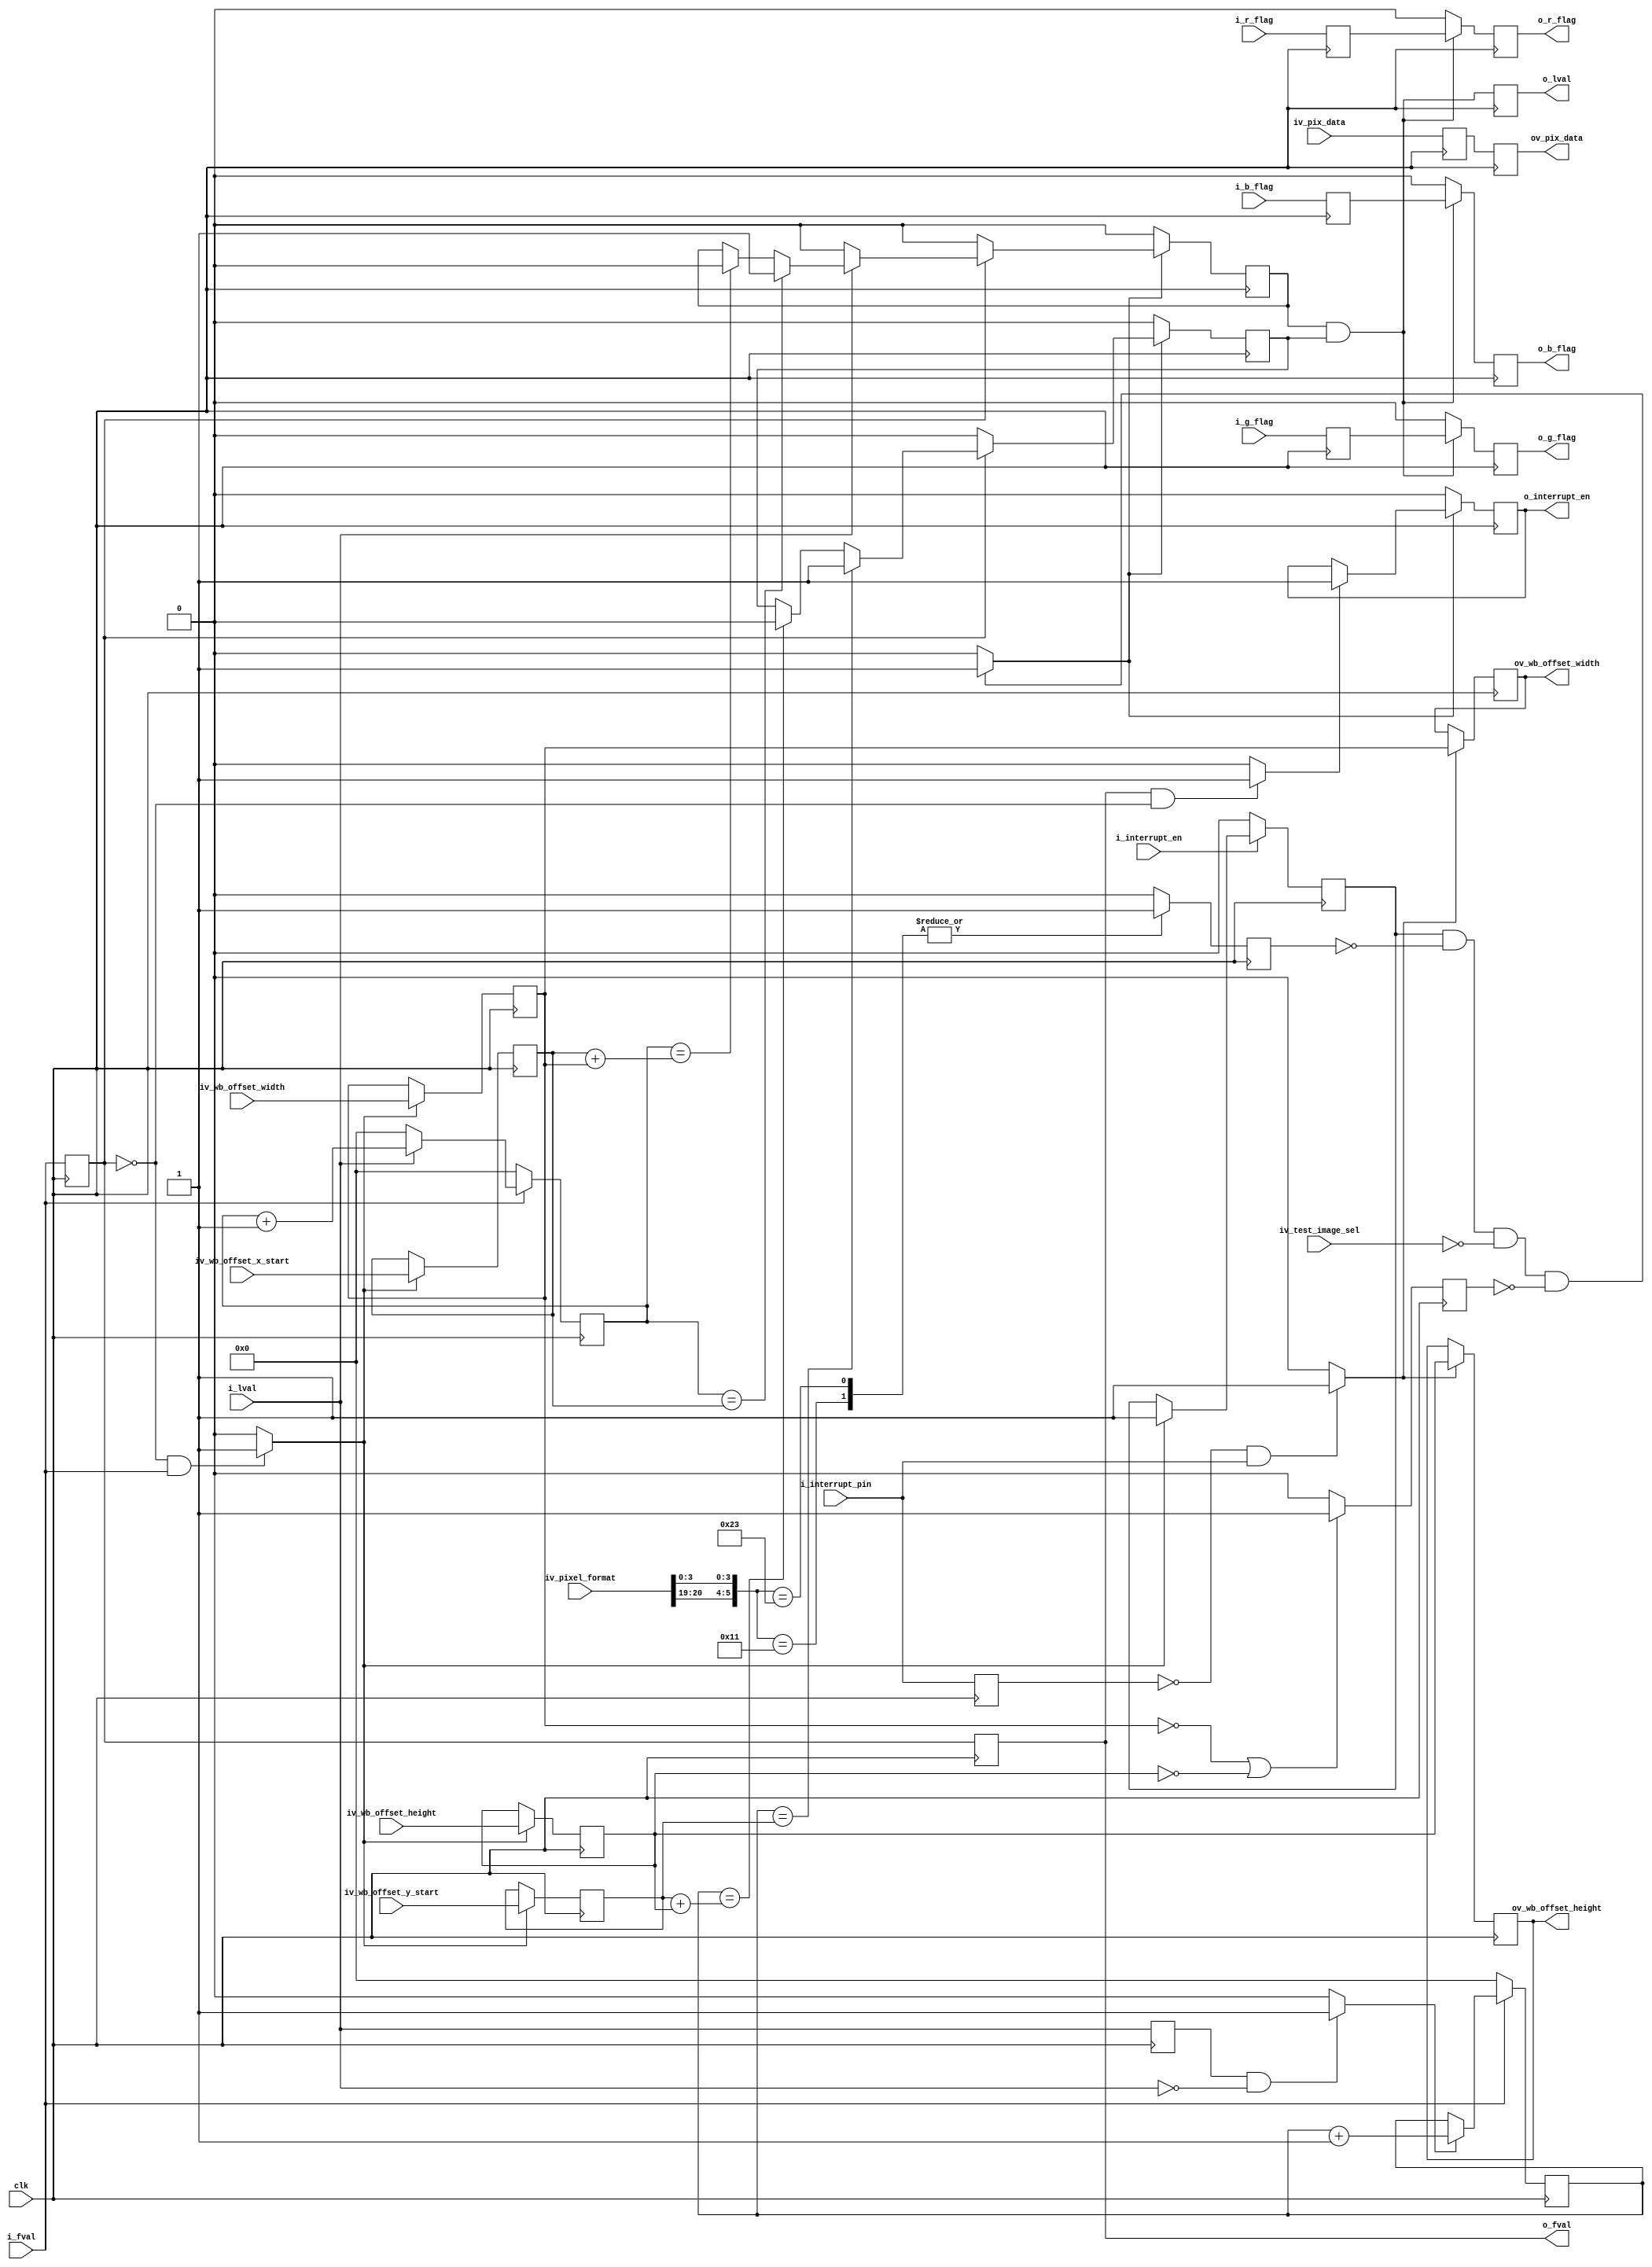
//-------------------------------------------------------------------------------------------------
//  --    : , 2010 -2015.
//  --      .
//  --          : FPGA
//  --        : wb_aoi_sel
//  --        : 
//-------------------------------------------------------------------------------------------------
//
//  --  :
//
//  --          :| 				:|  
//-------------------------------------------------------------------------------------------------
//  --        :| 2015/2/13 10:29:24	:|  
//-------------------------------------------------------------------------------------------------
//
//  --      : aoi
//              1)  : RGB2
//
//              2)  : ... ...
//
//              3)  : ... ...
//
//-------------------------------------------------------------------------------------------------
///
`timescale 1ns/1ps
//-------------------------------------------------------------------------------------------------

module wb_aoi_sel # (
	parameter					SENSOR_DAT_WIDTH	= 10	,	//sensor 
	parameter					WB_OFFSET_WIDTH		= 12	,	//
	parameter					REG_WD				= 32		//
	)
	(
	input							clk						,	//
	input							i_fval					,	//
	input							i_lval					,	//
	input	[SENSOR_DAT_WIDTH-1:0]	iv_pix_data				,	//
	input							i_r_flag				,	// R
	input							i_g_flag				,	// G
	input							i_b_flag				,	// B
	input							i_interrupt_en			,	//0:1:
	output							o_interrupt_en			,	//=0o_interrupt_en=0i_fvalo_interrupt_en=1
	input							i_interrupt_pin			,	//1-
	input	[REG_WD-1:0]			iv_pixel_format			,	//0x01080001:Mono80x01100003:Mono100x01080008:BayerGR80x0110000C:BayerGR10
	input	[2:0]					iv_test_image_sel		,	//,000:,001:1,110:2,010:3
	input	[WB_OFFSET_WIDTH-1:0]	iv_wb_offset_x_start	,	//xROI
	input	[WB_OFFSET_WIDTH-1:0]	iv_wb_offset_width		,	//
	input	[WB_OFFSET_WIDTH-1:0]	iv_wb_offset_y_start	,	//yROI
	input	[WB_OFFSET_WIDTH-1:0]	iv_wb_offset_height		,	//
	output	[WB_OFFSET_WIDTH-1:0]	ov_wb_offset_width		,	//
	output	[WB_OFFSET_WIDTH-1:0]	ov_wb_offset_height		,	//
	output							o_fval					,	//
	output							o_lval					,	//
	output	[SENSOR_DAT_WIDTH-1:0]	ov_pix_data				,	//
	output							o_r_flag				,	// R
	output							o_g_flag				,	// G
	output							o_b_flag					// B
	);

	//	ref signals
	reg								lval_dly0				= 1'b0;
	reg								lval_reg				= 1'b0;
	wire							lval_fall				;
	reg								fval_dly0				= 1'b0;
	reg								fval_dly1				= 1'b0;
	wire							fval_rise				;
	wire							fval_fall				;
	reg								int_pin_dly					= 1'b0;
	wire							int_pin_rise				;

	reg								interrupt_en_int		= 1'b0;
	reg								mono_sel				= 1'b0;
	reg								int_reg					= 1'b0;
	wire							aoi_enable				;
	reg								width_height_0			= 1'b0;
	reg		[WB_OFFSET_WIDTH-1:0]	wb_offset_x_start_reg	= {WB_OFFSET_WIDTH{1'b0}};
	//	reg		[WB_OFFSET_WIDTH-1:0]	wb_offset_x_end_reg		= {WB_OFFSET_WIDTH{1'b0}};
	reg		[WB_OFFSET_WIDTH-1:0]	wb_offset_width_reg		= {WB_OFFSET_WIDTH{1'b0}};
	reg		[WB_OFFSET_WIDTH-1:0]	wb_offset_y_start_reg	= {WB_OFFSET_WIDTH{1'b0}};
	//	reg		[WB_OFFSET_WIDTH-1:0]	wb_offset_y_end_reg		= {WB_OFFSET_WIDTH{1'b0}};
	reg		[WB_OFFSET_WIDTH-1:0]	wb_offset_height_reg	= {WB_OFFSET_WIDTH{1'b0}};
	reg		[WB_OFFSET_WIDTH-1:0]	wb_offset_width_latch	= {WB_OFFSET_WIDTH{1'b0}};
	reg		[WB_OFFSET_WIDTH-1:0]	wb_offset_height_latch	= {WB_OFFSET_WIDTH{1'b0}};

	reg		[WB_OFFSET_WIDTH-1:0]	line_cnt				= {WB_OFFSET_WIDTH{1'b0}};
	reg		[WB_OFFSET_WIDTH-1:0]	pix_cnt					= {WB_OFFSET_WIDTH{1'b0}};
	reg								x_enable				= 1'b0;
	reg								y_enable				= 1'b0;
	reg								r_flag_dly0				= 1'b0;
	reg								r_flag_reg				= 1'b0;
	reg								g_flag_dly0				= 1'b0;
	reg								g_flag_reg				= 1'b0;
	reg								b_flag_dly0				= 1'b0;
	reg								b_flag_reg				= 1'b0;
	reg		[SENSOR_DAT_WIDTH-1:0]	pix_data_dly0			= {SENSOR_DAT_WIDTH{1'b0}};
	reg		[SENSOR_DAT_WIDTH-1:0]	pix_data_dly1			= {SENSOR_DAT_WIDTH{1'b0}};



	//	ref ARCHITECTURE

	//  ===============================================================================================
	//	ref *** ***
	//  ===============================================================================================
	//  -------------------------------------------------------------------------------------
	//	
	//  -------------------------------------------------------------------------------------
	always @ (posedge clk) begin
		lval_dly0	<= i_lval;
	end
	assign	lval_fall	= (lval_dly0==1'b1 && i_lval==1'b0) ? 1'b1 : 1'b0;

	//  -------------------------------------------------------------------------------------
	//	
	//  -------------------------------------------------------------------------------------
	always @ (posedge clk) begin
		fval_dly0	<= i_fval;
		fval_dly1	<= fval_dly0;
	end
	assign	fval_rise	= (fval_dly0==1'b0 && i_fval==1'b1) ? 1'b1 : 1'b0;
	assign	fval_fall	= (fval_dly1==1'b1 && fval_dly0==1'b0) ? 1'b1 : 1'b0;

	//  -------------------------------------------------------------------------------------
	//	
	//  -------------------------------------------------------------------------------------
	always @ (posedge clk) begin
		int_pin_dly	<= i_interrupt_pin;
	end
	assign	int_pin_rise	= (int_pin_dly==1'b0 && i_interrupt_pin==1'b1) ? 1'b1 : 1'b0;

	//  ===============================================================================================
	//	ref ******
	//  ===============================================================================================
	//  -------------------------------------------------------------------------------------
	//	-- ref aoi 
	//  -------------------------------------------------------------------------------------
	//  -------------------------------------------------------------------------------------
	//	interrupt_en_int 
	//	1.
	//	2.fval
	//  -------------------------------------------------------------------------------------
	always @ (posedge clk) begin
		if(!i_interrupt_en) begin
			interrupt_en_int	<= 1'b0;
		end
		else if(fval_rise) begin
			interrupt_en_int	<= i_interrupt_en;
		end
	end

	//  -------------------------------------------------------------------------------------
	//	Mono8		- 0x01080001	-> 0x1081	-> 0001,0000,1000,,,,0001
	//	Mono10		- 0x01100003	-> 0x1103	-> 0001,0001,0000,,,,0011
	//	BayerGR8	- 0x01080008	-> 0x1088	-> 0001,0000,1000,,,,1000
	//	BayerGR10	- 0x0110000C	-> 0x110C	-> 0001,0001,0000,,,,1100
	//											   --------!-!-------!!!!
	//                                                     ^    ^       ^------bit0
	//                                             bit20---|    |---bit16
	//	 ! bit. bit
	//  -------------------------------------------------------------------------------------
	//  -------------------------------------------------------------------------------------
	//	mono_sel
	//	1.
	//	2.6bit
	//  -------------------------------------------------------------------------------------
	always @ (posedge clk) begin
		case({iv_pixel_format[20],iv_pixel_format[19],iv_pixel_format[3:0]})
			6'b010001	: mono_sel	<= 1'b1;
			6'b100011	: mono_sel	<= 1'b1;
			default		: mono_sel	<= 1'b0;
		endcase
	end

	//  -------------------------------------------------------------------------------------
	//	00
	//  -------------------------------------------------------------------------------------
	always @ (posedge clk) begin
		if(wb_offset_width_reg=={WB_OFFSET_WIDTH{1'b0}} || wb_offset_height_reg=={WB_OFFSET_WIDTH{1'b0}}) begin
			width_height_0	<= 1'b1;
		end
		else begin
			width_height_0	<= 1'b0;
		end
	end

	//  -------------------------------------------------------------------------------------
	//	aoi  
	//	1.=1    aoi
	//	2.
	//	3.0
	//  -------------------------------------------------------------------------------------
	assign	aoi_enable	= (interrupt_en_int==1'b1 && mono_sel==1'b0 && iv_test_image_sel==3'b000 && width_height_0==1'b0) ? 1'b1 : 1'b0;

	//  -------------------------------------------------------------------------------------
	//	-- ref 
	//  -------------------------------------------------------------------------------------
	//  -------------------------------------------------------------------------------------
	//	
	//  -------------------------------------------------------------------------------------
	always @ (posedge clk) begin
		if(fval_rise) begin
			wb_offset_x_start_reg	<= iv_wb_offset_x_start;
			wb_offset_width_reg		<= iv_wb_offset_width;
			wb_offset_y_start_reg	<= iv_wb_offset_y_start;
			wb_offset_height_reg	<= iv_wb_offset_height;
			//			wb_offset_x_end_reg		<= iv_wb_offset_x_start + iv_wb_offset_width;
			//			wb_offset_y_end_reg		<= iv_wb_offset_y_start + iv_wb_offset_height;
		end
	end

	//  -------------------------------------------------------------------------------------
	//	
	//  -------------------------------------------------------------------------------------
	always @ (posedge clk) begin
		if(int_pin_rise) begin
			wb_offset_width_latch	<= wb_offset_width_reg;
			wb_offset_height_latch	<= wb_offset_height_reg;
		end
	end
	assign	ov_wb_offset_width	= wb_offset_width_latch;
	assign	ov_wb_offset_height	= wb_offset_height_latch;

	//  -------------------------------------------------------------------------------------
	//	int_reg 
	//	1.aoi_enable=0o_interrupt_en0
	//	2.aoi_enable=1fvalaoi_enable
	//	--2.1aoi_enable=1o_interrupt_en1
	//	--2.2aoi_enable=0o_interrupt_en0
	//  -------------------------------------------------------------------------------------
	always @ (posedge clk) begin
		if(!aoi_enable) begin
			int_reg	<= 1'b0;
		end
		else begin
			if(fval_fall) begin
				int_reg	<= aoi_enable;
			end
		end
	end
	assign	o_interrupt_en	= int_reg;

	//  ===============================================================================================
	//	ref ***x y ***
	//  ===============================================================================================
	//  -------------------------------------------------------------------------------------
	//	--ref 
	//  -------------------------------------------------------------------------------------
	//  -------------------------------------------------------------------------------------
	//	
	//	1.=0
	//	2.=1
	//  -------------------------------------------------------------------------------------
	always @ (posedge clk) begin
		if(!i_fval) begin
			line_cnt	<= {WB_OFFSET_WIDTH{1'b0}};
		end
		else begin
			if(lval_fall) begin
				line_cnt	<= line_cnt + 1'b1;
			end
		end
	end

	//  -------------------------------------------------------------------------------------
	//	
	//	1.=0
	//	2.=1
	//	--2.1=0
	//	--2.2=1
	//  -------------------------------------------------------------------------------------
	always @ (posedge clk) begin
		if(!i_fval) begin
			pix_cnt	<= {WB_OFFSET_WIDTH{1'b0}};
		end
		else begin
			if(!i_lval) begin
				pix_cnt	<= {WB_OFFSET_WIDTH{1'b0}};
			end
			else if(i_lval) begin
				pix_cnt	<= pix_cnt + 1'b1;
			end
		end
	end

	//  -------------------------------------------------------------------------------------
	//	--ref x_enable 
	//	1.AOI=0x_enable
	//	2.AOI=1fval=1pix_cnt=xx_enable=1
	//	3.AOI=1fval=1pix_cnt=xx_enable=0
	//	4.AOI=1fval=0x_enable
	//	5.fvalfval
	//	6.end<starty_enable
	//	7.fval_dly0aoi_enablefval_dly0
	//  -------------------------------------------------------------------------------------
	always @ (posedge clk) begin
		if(!aoi_enable) begin
			x_enable	<= 1'b0;
		end
		else begin
			if(fval_dly0) begin
				if(i_lval) begin
					if(pix_cnt==wb_offset_x_start_reg) begin
						x_enable	<= 1'b1;
					end
					else if(pix_cnt==(wb_offset_x_start_reg+wb_offset_width_reg)) begin
						x_enable	<= 1'b0;
					end
				end
				else begin
					x_enable	<= 1'b0;
				end
			end
			else begin
				x_enable	<= 1'b0;
			end
		end
	end

	//  -------------------------------------------------------------------------------------
	//	--ref y_enable 
	//	1.AOI=0y_enable
	//	2.AOI=1fval=1line_cnt=yy_enable=1
	//	3.AOI=1fval=1line_cnt=yy_enable=0
	//	4.AOI=1fval=0y_enable
	//	5.fvalfval
	//	6.end<starty_enable
	//	7.fval_dly0aoi_enablefval_dly0
	//  -------------------------------------------------------------------------------------
	always @ (posedge clk) begin
		if(!aoi_enable) begin
			y_enable	<= 1'b0;
		end
		else begin
			if(fval_dly0) begin
				if(line_cnt==wb_offset_y_start_reg) begin
					y_enable	<= 1'b1;
				end
				else if(line_cnt==(wb_offset_y_start_reg+wb_offset_height_reg)) begin
					y_enable	<= 1'b0;
				end
			end
			else begin
				y_enable	<= 1'b0;
			end
		end
	end

	//  ===============================================================================================
	//	ref ******
	//  ===============================================================================================
	//  -------------------------------------------------------------------------------------
	//	lval 2
	//  -------------------------------------------------------------------------------------
	always @ (posedge clk) begin
		lval_reg	<= x_enable&y_enable;
	end
	assign	o_lval	= lval_reg;
	assign	o_fval	= fval_dly1;

	//  -------------------------------------------------------------------------------------
	//	3
	//  -------------------------------------------------------------------------------------
	//  -------------------------------------------------------------------------------------
	//	R  2
	//  -------------------------------------------------------------------------------------
	always @ (posedge clk) begin
		r_flag_dly0	<= i_r_flag;
	end
	always @ (posedge clk) begin
		if(x_enable&y_enable) begin
			r_flag_reg	<= r_flag_dly0;
		end
		else begin
			r_flag_reg	<= 1'b0;
		end
	end
	assign	o_r_flag	= r_flag_reg;

	//  -------------------------------------------------------------------------------------
	//	G  2
	//  -------------------------------------------------------------------------------------
	always @ (posedge clk) begin
		g_flag_dly0	<= i_g_flag;
	end
	always @ (posedge clk) begin
		if(x_enable&y_enable) begin
			g_flag_reg	<= g_flag_dly0;
		end
		else begin
			g_flag_reg	<= 1'b0;
		end
	end
	assign	o_g_flag	= g_flag_reg;

	//  -------------------------------------------------------------------------------------
	//	B  2
	//  -------------------------------------------------------------------------------------
	always @ (posedge clk) begin
		b_flag_dly0	<= i_b_flag;
	end
	always @ (posedge clk) begin
		if(x_enable&y_enable) begin
			b_flag_reg	<= b_flag_dly0;
		end
		else begin
			b_flag_reg	<= 1'b0;
		end
	end
	assign	o_b_flag	= b_flag_reg;

	//  -------------------------------------------------------------------------------------
	//	2
	//  -------------------------------------------------------------------------------------
	always @ (posedge clk) begin
		pix_data_dly0	<= iv_pix_data;
		pix_data_dly1	<= pix_data_dly0;
	end
	assign	ov_pix_data	= pix_data_dly1;



endmodule